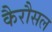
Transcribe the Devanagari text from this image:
कैरौसल